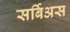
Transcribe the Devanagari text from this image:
सर्बिअस